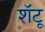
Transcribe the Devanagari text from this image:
शॅटू